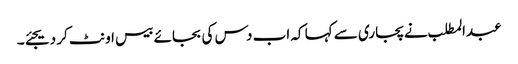
عبدالمطلب نے پجاری سے کہا کہ اب دس کی بجائے بیس اونٹ کر دیجئے۔